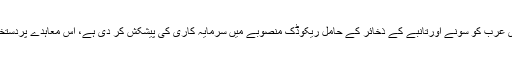
وزارت کامرس کے ذرائع نے بتایا ہے کہ پاکستان نے سعودی عرب کو سونے اورتانبے کے ذخائر کے حامل ریکوڈک منصوبے میں سرمایہ کاری کی پیشکش کر دی ہے، اس معاہدے پردستخط سعودی اعلیٰ حکام کے دورے کے دوران ہونیکا امکان ہے۔